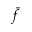
\bar { f }